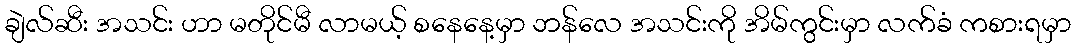
ချဲလ်ဆီး အသင်း ဟာ မတိုင်မီ လာမယ့် စနေနေ့မှာ ဘန်လေ အသင်းကို အိမ်ကွင်းမှာ လက်ခံ ကစားရမှာ